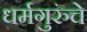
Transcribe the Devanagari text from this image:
धर्मगुरुंचे